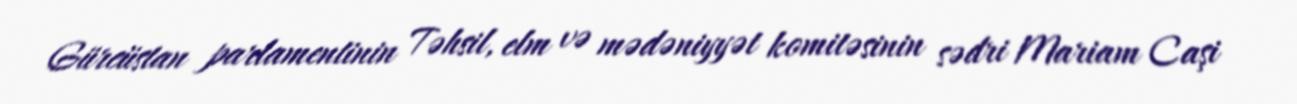
Gürcüstan parlamentinin Təhsil, elm və mədəniyyət komitəsinin sədri Mariam Caşi